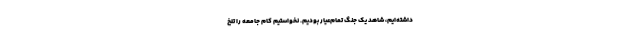
داشته‌ایم، شاهد یک جنگ تمام‌عیار بودیم. نخواستیم کام جامعه را تلخ